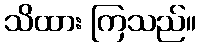
သိထား ကြသည်။